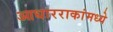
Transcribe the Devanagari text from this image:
आधारराकांमध्ये